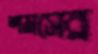
শমসের